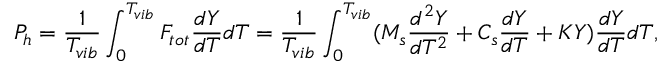
{ P _ { h } } = \frac { 1 } { { { T _ { v i b } } } } \int _ { 0 } ^ { T _ { v i b } } { F _ { t o t } } \frac { { d Y } } { { d T } } d T = \frac { 1 } { { { T _ { v i b } } } } \int _ { 0 } ^ { T _ { v i b } } ( { M _ { s } } \frac { { { d ^ { 2 } } Y } } { { d { T ^ { 2 } } } } + { C _ { s } } \frac { { d Y } } { { d T } } + K Y ) \frac { { d Y } } { { d T } } d T ,